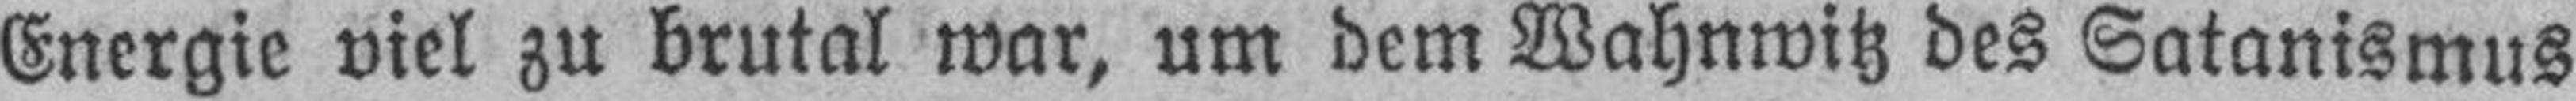
Energie viel zu brutal war, um dem Wahnwitz des Satanismus